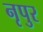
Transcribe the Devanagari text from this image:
नृपुर